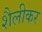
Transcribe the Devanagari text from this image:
शैलीकर